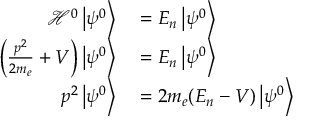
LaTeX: \begin{array} { r l } { { \mathcal { H } } ^ { 0 } \left\vert \psi ^ { 0 } \right\rangle } & { { } = E _ { n } \left\vert \psi ^ { 0 } \right\rangle } \\ { \left( { \frac { p ^ { 2 } } { 2 m _ { e } } } + V \right) \left\vert \psi ^ { 0 } \right\rangle } & { { } = E _ { n } \left\vert \psi ^ { 0 } \right\rangle } \\ { p ^ { 2 } \left\vert \psi ^ { 0 } \right\rangle } & { { } = 2 m _ { e } ( E _ { n } - V ) \left\vert \psi ^ { 0 } \right\rangle } \end{array}